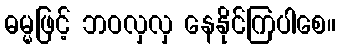
ဓမ္မဖြင့် ဘဝလှလှ နေနိုင်ကြပါစေ။